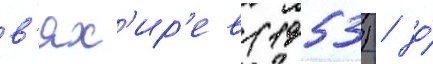
в'ях'ир'ев (1953) / до́